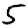
Digit: 5